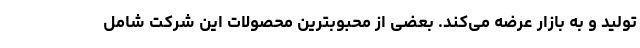
تولید و به بازار عرضه می‌کند. بعضی از محبوبترین محصولات این شرکت شامل